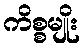
ကိစ္စမျိုး